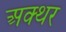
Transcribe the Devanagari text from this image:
अक्थर